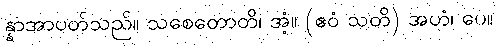
န္နာအာပတ်သည်။ သစေတောတိ၊ အံ့။ (ဧဝံ သတိ) အဟံ၊ ပေ။